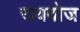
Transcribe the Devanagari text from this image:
रायबोज